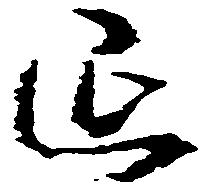
延